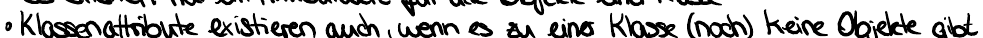
Klassenattribute existieren auch, wenn es zu einer Klasse (noch) keine Objekte gibt